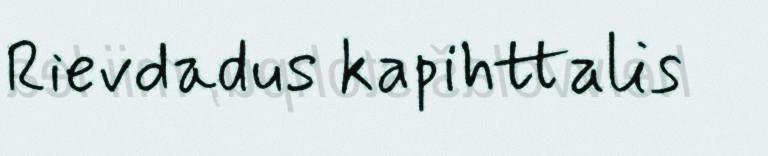
Rievdadus kapihttalis